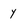
Character: y